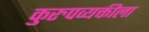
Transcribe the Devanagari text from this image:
कुरुपव्यक्तीला